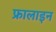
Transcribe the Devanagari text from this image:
फ्रालाइन